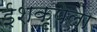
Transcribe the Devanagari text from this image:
ईशकृपेला